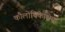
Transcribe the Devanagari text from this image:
कौलोथिकेशिया